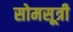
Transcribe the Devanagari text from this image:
सोमसूत्री